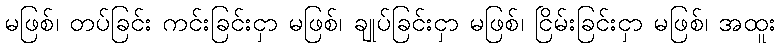
မဖြစ်၊ တပ်ခြင်း ကင်းခြင်းငှာ မဖြစ်၊ ချုပ်ခြင်းငှာ မဖြစ်၊ ငြိမ်းခြင်းငှာ မဖြစ်၊ အထူး